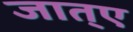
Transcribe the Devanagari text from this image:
जात्ए